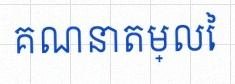
គណនាតម្លៃ